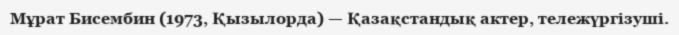
Мұрат Бисембин (1973, Қызылорда) — Қазақстандық актер, тележүргізуші.